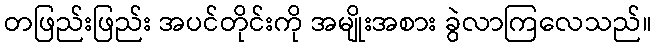
တဖြည်းဖြည်း အပင်တိုင်းကို အမျိုးအစား ခွဲလာကြလေသည်။